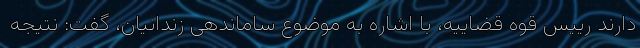
دارند رییس قوه قضاییه، با اشاره به موضوع ساماندهی زندانیان، گفت: نتیجه